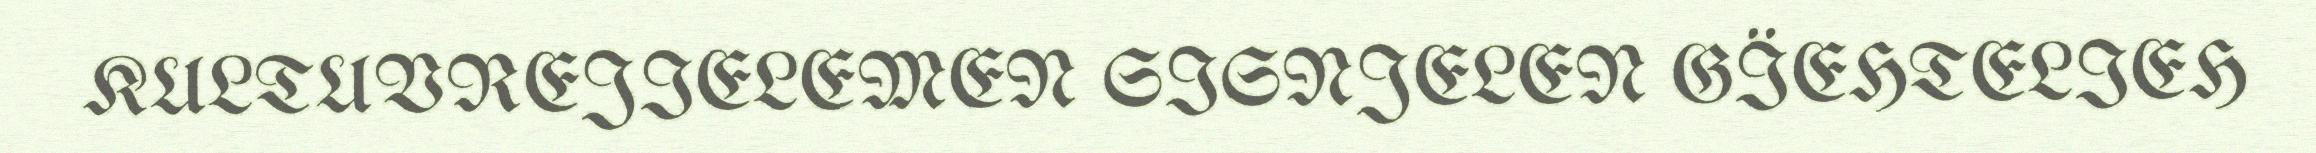
KULTUVREJIELEMEN SISNJELEN GÏEHTELIEH